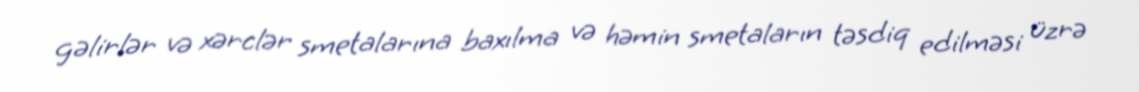
gəlirlər və xərclər smetalarına baxılma və həmin smetaların təsdiq edilməsi üzrə